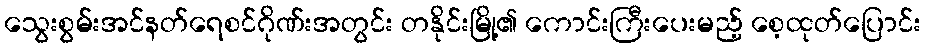
သွေးစွမ်းအင်နတ်ရေစင်ဂိုဏ်းအတွင်း တနိုင်းမြို့၏ ကောင်းကြီးပေးမည့် စေ့ထုတ်ပြောင်း